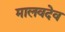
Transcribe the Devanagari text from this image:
मालवदेव